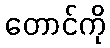
တောင်ကို